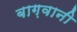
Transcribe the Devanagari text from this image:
बाग़वानी